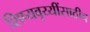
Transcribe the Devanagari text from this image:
शिष्यवृय्यींसाठीच